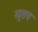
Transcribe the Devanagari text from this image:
खूशच